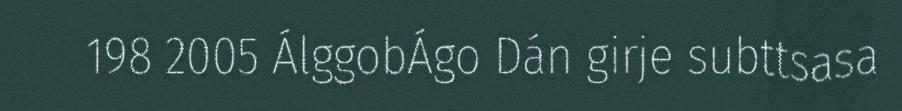
198 2005 ÁlggobÁgo Dán girje subttsasa